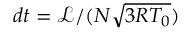
d t = \mathcal { L } / ( N \sqrt { 3 R T _ { 0 } } )